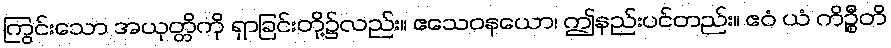
ကြွင်းသော အယုတ္တိကို ရှာခြင်းတို့၌လည်း။ ဧသေဝနယော၊ ဤနည်းပင်တည်း။ ဧဝံ ယံ ကိဉ္စီတိ